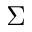
\Sigma